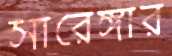
সারেঙ্গার